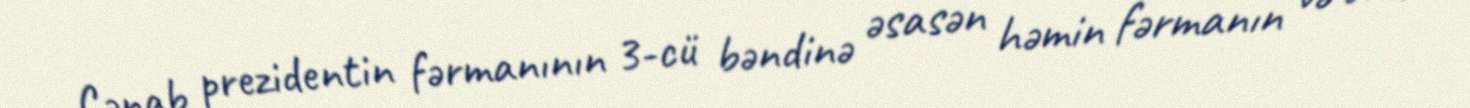
Cənab prezidentin fərmanının 3-cü bəndinə əsasən həmin fərmanın və onun